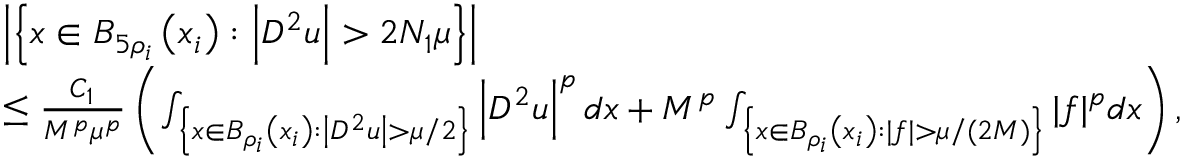
\begin{array} { r l } & { \left| \left\{ x \in B _ { 5 \rho _ { i } } \left( x _ { i } \right) : \left| D ^ { 2 } u \right| > 2 N _ { 1 } \mu \right\} \right| } \\ & { \leq \frac { C _ { 1 } } { M ^ { p } \mu ^ { p } } \left( \int _ { \left\{ x \in B _ { \rho _ { i } } \left( x _ { i } \right) : \left| D ^ { 2 } u \right| > \mu / 2 \right\} } \left| D ^ { 2 } u \right| ^ { p } d x + M ^ { p } \int _ { \left\{ x \in B _ { \rho _ { i } } \left( x _ { i } \right) : | f | > \mu / ( 2 M ) \right\} } | f | ^ { p } d x \right) , } \end{array}